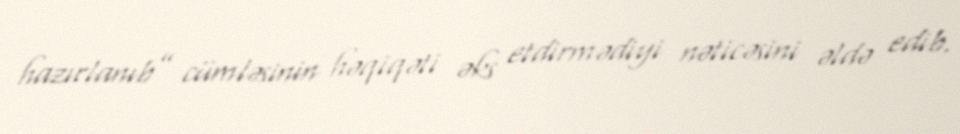
hazırlanıb” cümləsinin həqiqəti əks etdirmədiyi nəticəsini əldə edib.